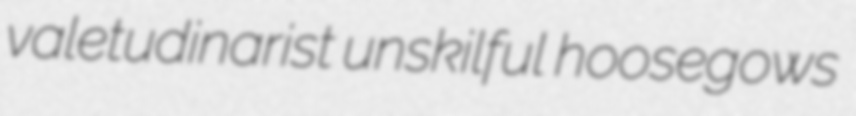
valetudinarist unskilful hoosegows